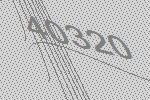
40320